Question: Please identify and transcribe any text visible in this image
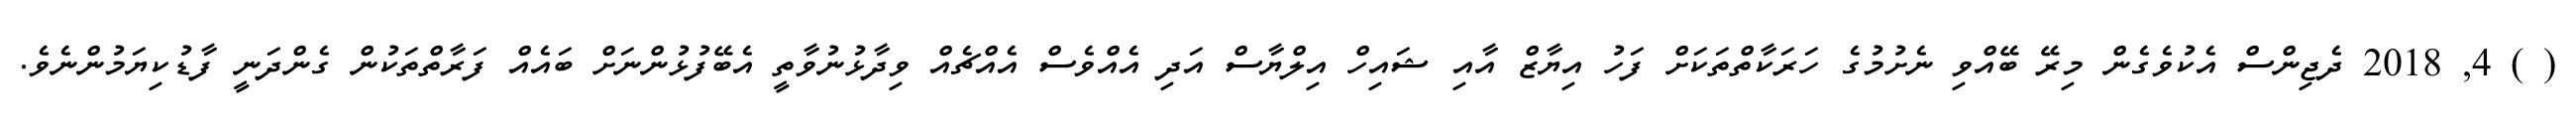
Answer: ( ) 4, 2018 ދެޖިންސް އެކުވެގެން މިރޭ ބޭއްވި ނެށުމުގެ ހަރަކާތްތަކަށް ފަހު އިޔާޒް އާއި ޝައިހް އިލްޔާސް އަދި އެއްވެސް އެއްޗެއް ވިދާޅުނުވާތީ އެބޭފުޅުންނަށް ބައެއް ފަރާތްތަކުން ގެންދަނީ ފާޑުކިޔަމުންނެވެ.